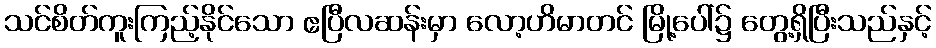
သင်စိတ်ကူးကြည့်နိုင်သော ဧပြီလဆန်းမှာ လော့ဟိမာတင် မြို့ပေါ်၌ တွေ့ရှိပြီးသည်နှင့်